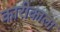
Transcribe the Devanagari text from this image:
कारीकाला